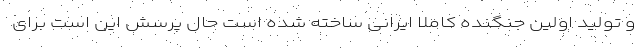
و تولید اولین جنگنده کاملا ایرانی ساخته شده است حال پرسش این است برای